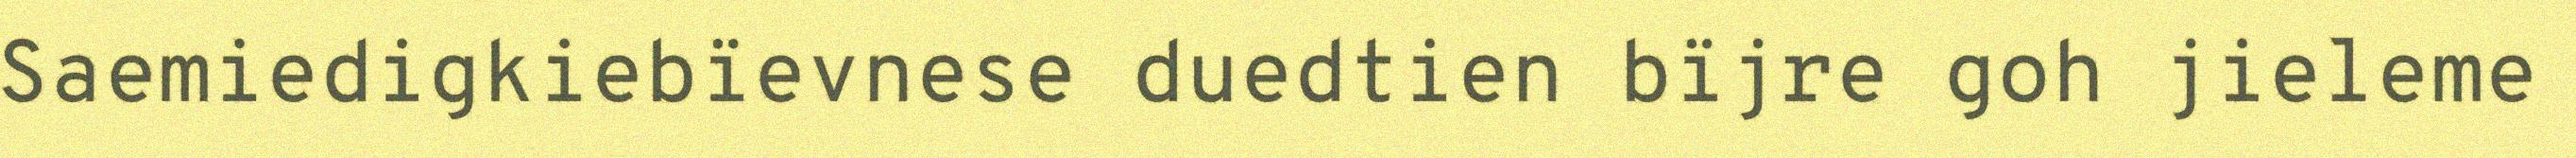
Saemiedigkiebïevnese duedtien bïjre goh jieleme